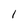
Character: 1